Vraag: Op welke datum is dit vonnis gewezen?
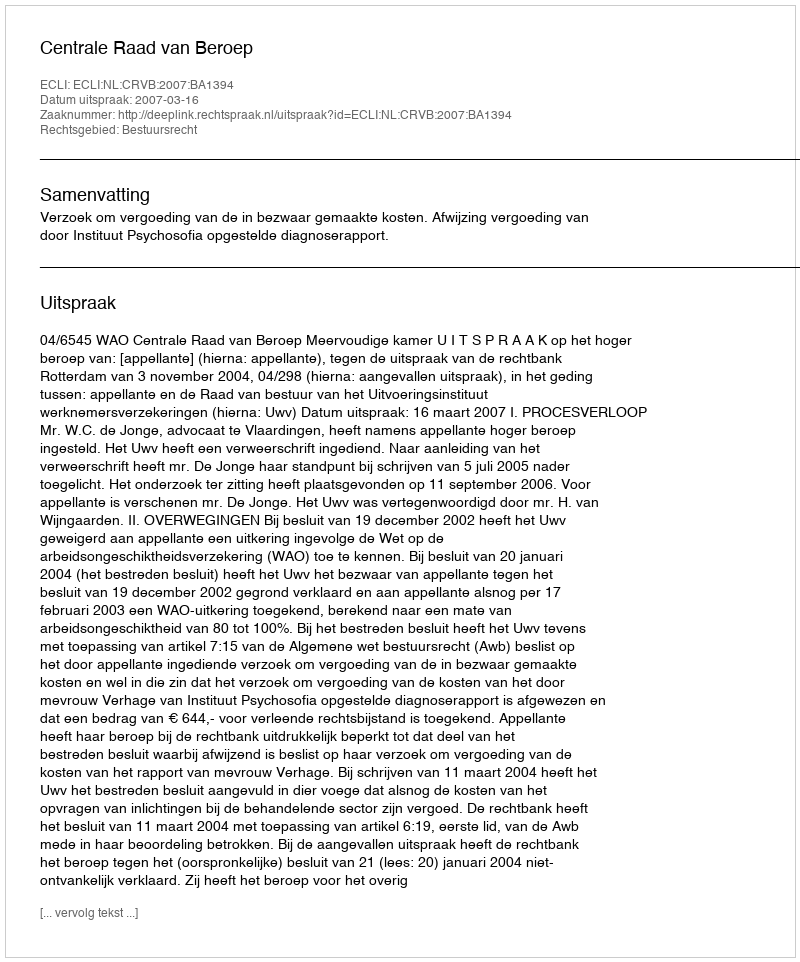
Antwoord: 2007-03-16